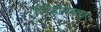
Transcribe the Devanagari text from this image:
सिंड्रोमबताए